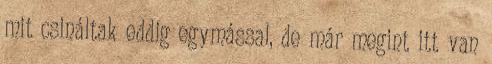
mit csináltak eddig egymással, de már megint itt van